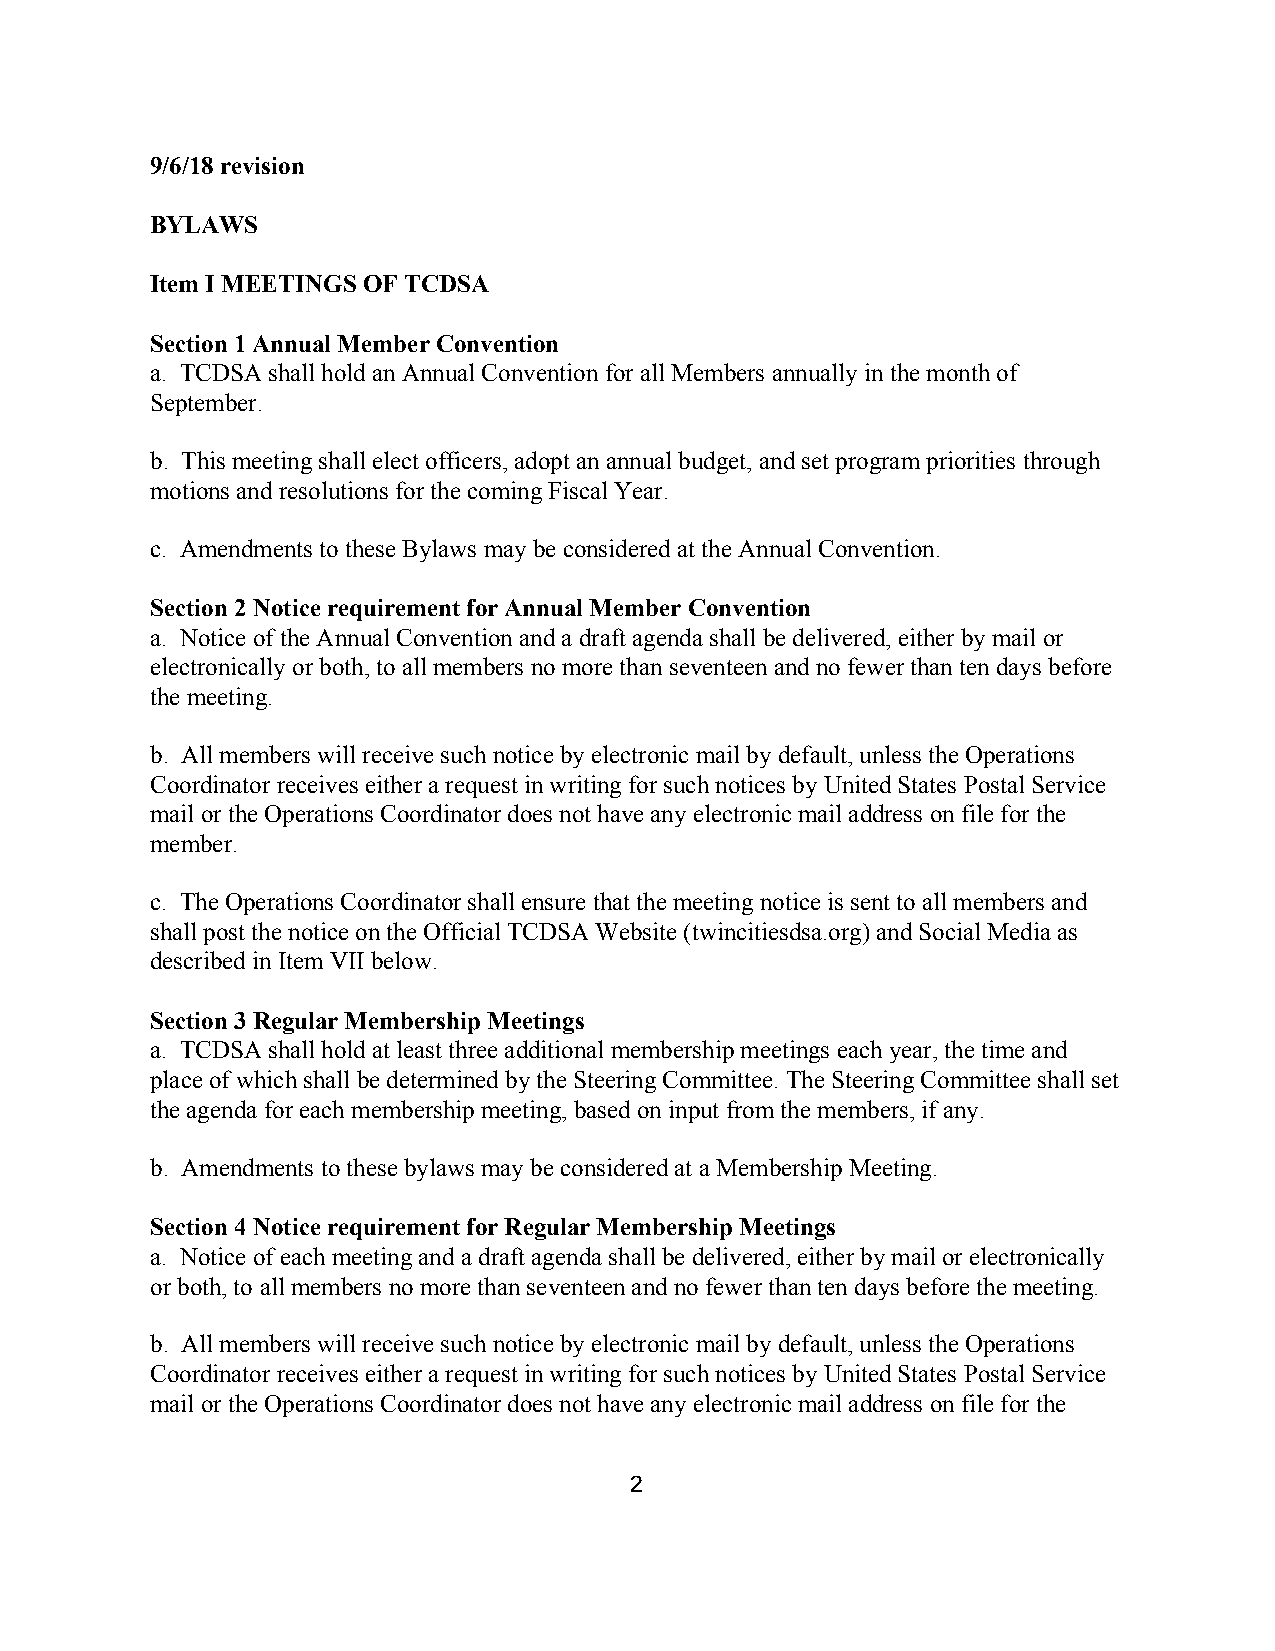
9/6/18 revision
 BYLAWS
 Item I MEETINGS OF TCDSA
 Section 1 Annual Member Convention
 a. TCDSA shall hold an Annual Convention for all Members annually in the month of
 September.
 b. This meeting shall elect officers, adopt an annual budget, and set program priorities through
 motions and resolutions for the coming Fiscal Year.
 c. Amendments to these Bylaws may be considered at the Annual Convention.
 Section 2 Notice requirement for Annual Member Convention
 a. Notice of the Annual Convention and a draft agenda shall be delivered, either by mail or
 electronically or both, to all members no more than seventeen and no fewer than ten days before
 the meeting.
 b. All members will receive such notice by electronic mail by default, unless the Operations
 Coordinator receives either a request in writing for such notices by United States Postal Service
 mail or the Operations Coordinator does not have any electronic mail address on file for the
 member.
 c. The Operations Coordinator shall ensure that the meeting notice is sent to all members and
 shall post the notice on the Official TCDSA Website (twincitiesdsa.org) and Social Media as
 described in Item VII below.
 ​
 Section 3 Regular Membership Meetings
 a. TCDSA shall hold at least three additional membership meetings each year, the time and
 place of which shall be determined by the Steering Committee. The Steering Committee shall set
 the agenda for each membership meeting, based on input from the members, if any.
 b. Amendments to these bylaws may be considered at a Membership Meeting.
 Section 4 Notice requirement for Regular Membership Meetings
 a. Notice of each meeting and a draft agenda shall be delivered, either by mail or electronically
 or both, to all members no more than seventeen and no fewer than ten days before the meeting.
 b. All members will receive such notice by electronic mail by default, unless the Operations
 Coordinator receives either a request in writing for such notices by United States Postal Service
 mail or the Operations Coordinator does not have any electronic mail address on file for the
 2